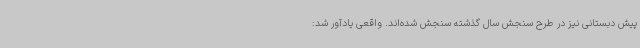
پیش دبستانی نیز در طرح سنجش سال گذشته سنجش شده‌اند. واقعی یادآور شد: